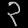
Digit: ၃